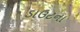
ડાઉટના